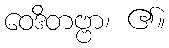
ဝေဒိတဗ္ဗာ၊ ၏။